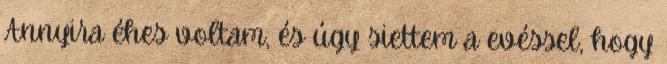
Annyira éhes voltam, és úgy siettem a evéssel, hogy